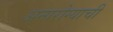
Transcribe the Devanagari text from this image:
अनारोग्याची